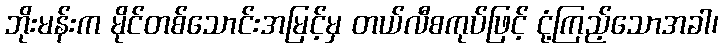
ဘိုးမန်းက မိုင်တစ်သောင်းအမြင့်မှ တယ်လီစကုပ်ဖြင့် ငုံ့ကြည့်သောအခါ၊